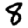
Digit: 8